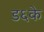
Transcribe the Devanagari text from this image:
ड६के